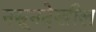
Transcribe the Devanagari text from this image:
नसूनदेखील